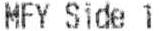
MFY SIDE 1